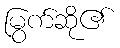
မြွက်ဆို၏